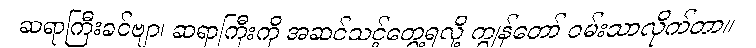
ဆရာကြီးခင်ဗျာ၊ ဆရာကြီးကို အဆင်သင့်တွေ့ရလို့ ကျွန်တော် ဝမ်းသာလိုက်တာ။